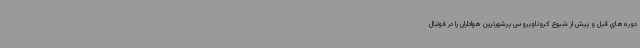
دوره‌های قبل و پیش از شیوع کروناویروس پرشورترین هواداران را در فوتبال